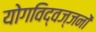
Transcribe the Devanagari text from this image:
योगविद्वज्जनों